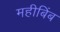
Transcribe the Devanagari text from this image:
महीबिंब